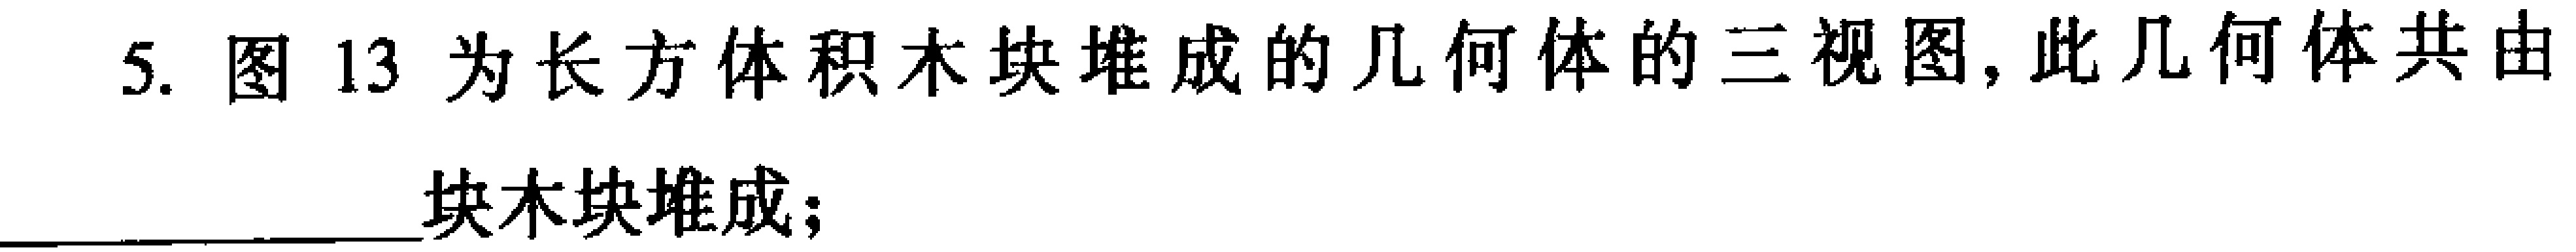
5. 图13为长方体积木块堆成的几何体的三视图, 此几何体共由______块木块堆成;